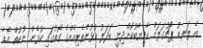
އެ ލަނޑު ޕޯޗުގަލަށް ކާމިޔާބުކޮށްދިނީ ބަދަލު ކުޅުންތެރިއެއްގެ ގޮތުގައި ކުޅެން ނުކުތް އެޑާ.